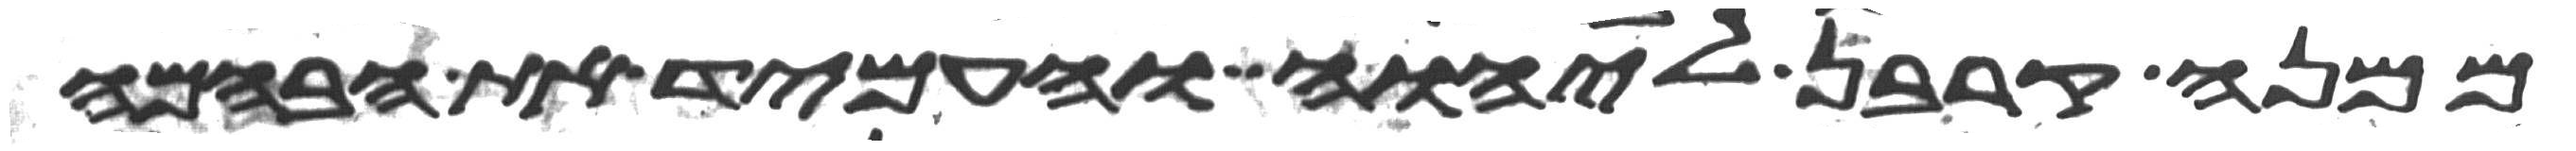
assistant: ממנה קרבן ליהוה והעמיד את הבהמה